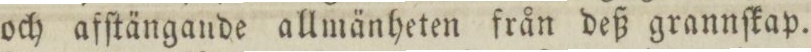
och afſtängande allmänheten från deß grannſkap.